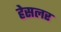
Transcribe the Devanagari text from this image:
हेसलर